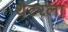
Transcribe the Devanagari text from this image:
थेटरला